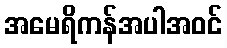
အမေရိကန်အပါအဝင်